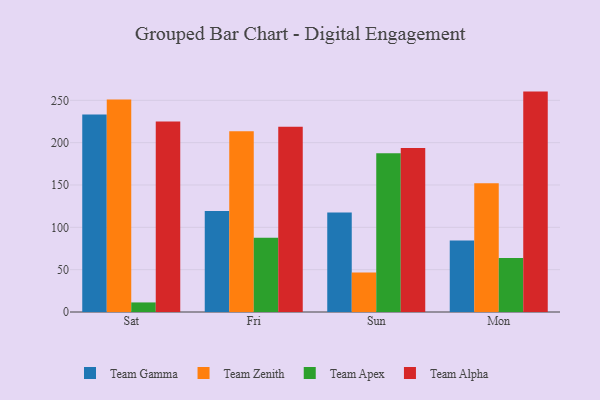
{"axis": {"x": "Day", "y": "Backlog"}, "legend": ["Team Alpha", "Team Apex", "Team Gamma", "Team Zenith"], "data": [{"x": "Sat", "y": 233.3, "type": "Team Gamma"}, {"x": "Sat", "y": 250.9, "type": "Team Zenith"}, {"x": "Sat", "y": 11.3, "type": "Team Apex"}, {"x": "Sat", "y": 224.9, "type": "Team Alpha"}, {"x": "Fri", "y": 119.3, "type": "Team Gamma"}, {"x": "Fri", "y": 213.4, "type": "Team Zenith"}, {"x": "Fri", "y": 87.7, "type": "Team Apex"}, {"x": "Fri", "y": 218.8, "type": "Team Alpha"}, {"x": "Sun", "y": 117.4, "type": "Team Gamma"}, {"x": "Sun", "y": 46.6, "type": "Team Zenith"}, {"x": "Sun", "y": 187.6, "type": "Team Apex"}, {"x": "Sun", "y": 193.7, "type": "Team Alpha"}, {"x": "Mon", "y": 84.5, "type": "Team Gamma"}, {"x": "Mon", "y": 152.0, "type": "Team Zenith"}, {"x": "Mon", "y": 63.7, "type": "Team Apex"}, {"x": "Mon", "y": 260.3, "type": "Team Alpha"}]}